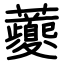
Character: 虁